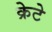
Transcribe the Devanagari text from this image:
क्रेटे